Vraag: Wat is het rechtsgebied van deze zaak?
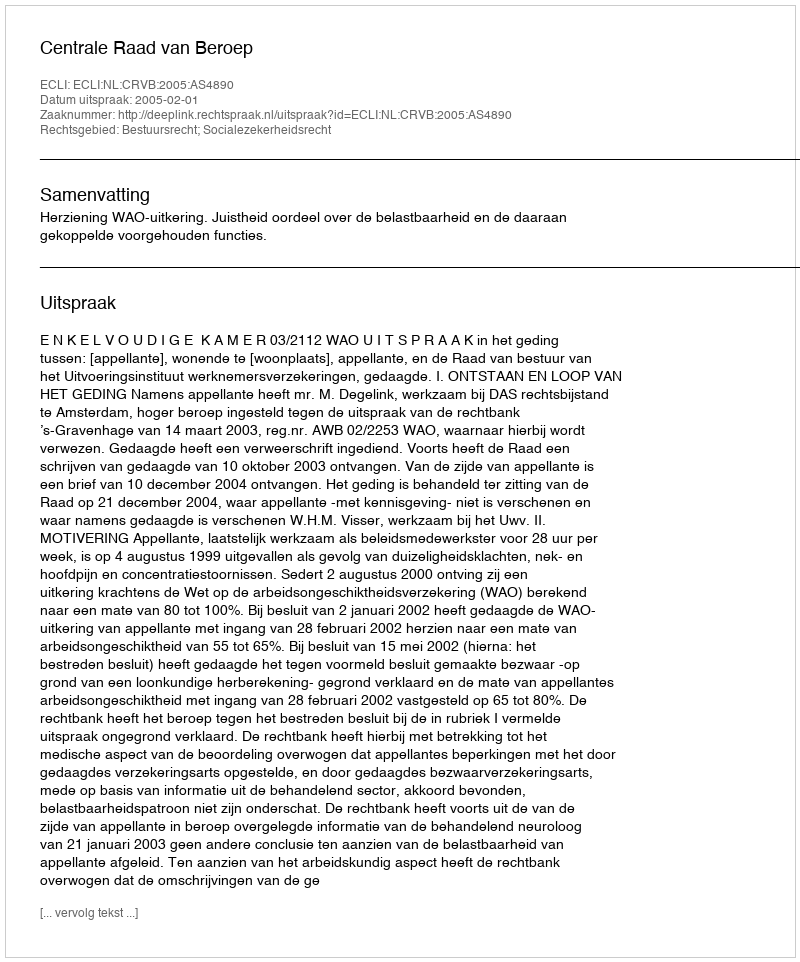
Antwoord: Bestuursrecht; Socialezekerheidsrecht